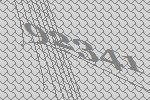
92341